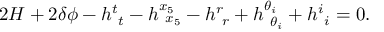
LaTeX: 2 { \cal H } + 2 \delta \phi - h _ { ~ t } ^ { t } - h _ { ~ x _ { 5 } } ^ { x _ { 5 } } - h _ { ~ r } ^ { r } + h _ { ~ \theta _ { i } } ^ { \theta _ { i } } + h _ { ~ i } ^ { i } = 0 .